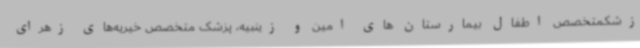
زشکمتخصص اطفال بیمارستان های امین و زینبیه، پزشک متخصص خیریه‌های زهرای